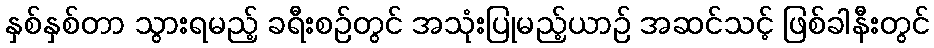
နှစ်နှစ်တာ သွားရမည့် ခရီးစဉ်တွင် အသုံးပြုမည့်ယာဉ် အဆင်သင့် ဖြစ်ခါနီးတွင်